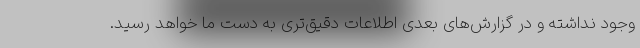
وجود نداشته و در گزارش‌های بعدی اطلاعات دقیق‌تری به دست ما خواهد رسید.